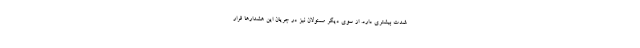
شدت بیشتری دارد. از سوی دیگر مسئولان نیز در جریان این هشدارها قرار